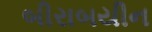
બીરાબયીન